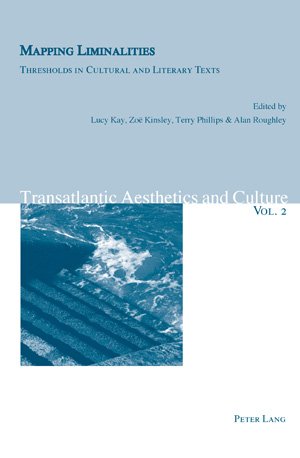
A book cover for Mapping Liminalities: Thresholds in Cultural and Literary Texts (Transatlantic Aesthetics and Culture); Gay & Lesbian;